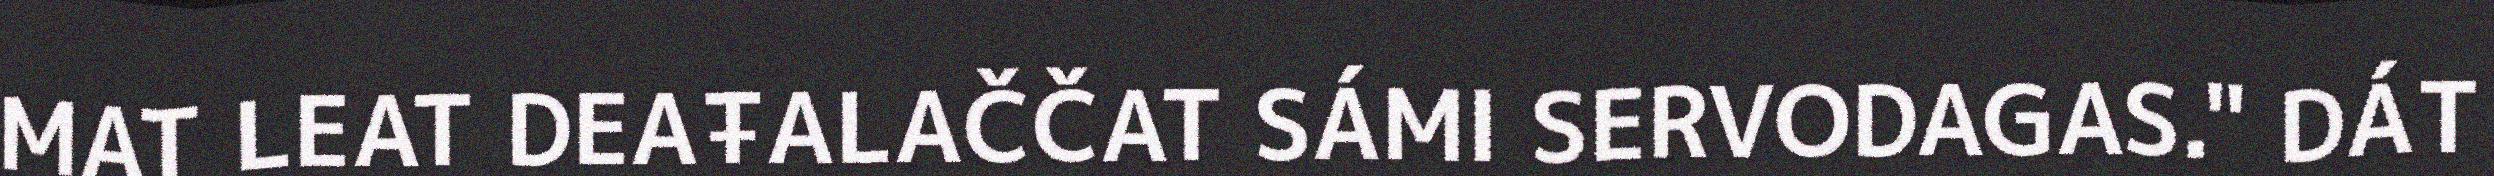
MAT LEAT DEAŦALAČČAT SÁMI SERVODAGAS." DÁT